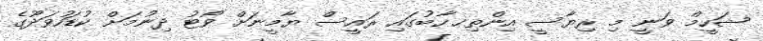
ޝަހީމް ވަނީ މި ރިޔާސީ އިންތިޚޚާބުގައި ރައީސް ޔާމީނަށް ވޯޓު ދިނުމަށް ކުޑަހުވަދޫގެ